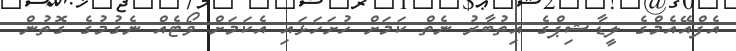
އެފްއޭއެމްގެ ލީޑާޝިޕްގެ އިތުބާރު ނެތް ކަމަށް ހުށަހަޅައި އެކަމަށް ވޯޓެއް ނެގުމުގެ ގޮތުން